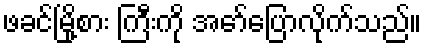
ဖခင်မြို့စား ကြီးကို အော်ပြောလိုက်သည်။